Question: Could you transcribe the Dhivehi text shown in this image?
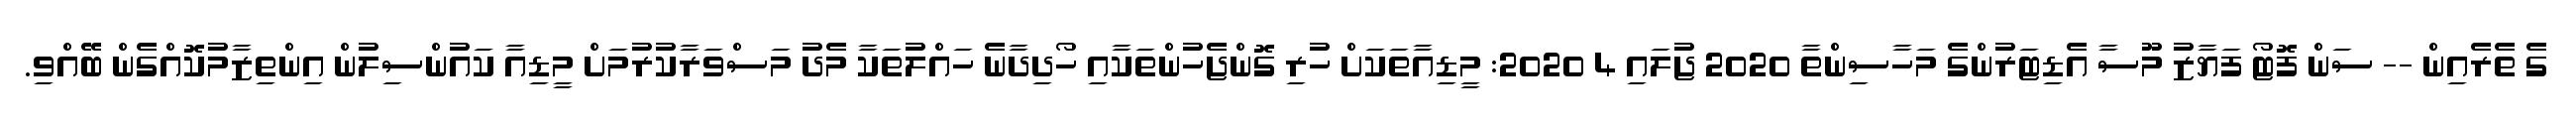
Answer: ގެ ތެރެއިން -- ސަން ފޮޓޯ ފަޔާޒު މޫސާ އެޑިޓަރުންގެ މަހާސިންތާ 2020 ޖުލައި 4 2020: މީޑިއާތަކަށް ހުރި ގޮންޖެހުންތަކާއި ހޯދިދާނެ ހައްލުތަކާ މެދު މަސްވަރާކުރުމަށް މީޑިއާ ކައުންސިލުން އިންތިޒާމުކޮއްގެން ބޭއްވި.